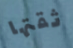
ثقتها